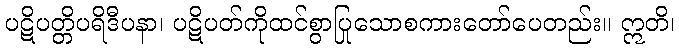
ပဋိပတ္တိပရိဒီပနာ၊ ပဋိပတ်ကိုထင်စွာပြုသောစကားတော်ပေတည်း။ ဣတိ၊